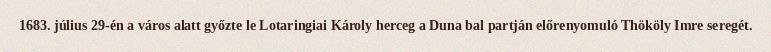
1683. július 29-én a város alatt győzte le Lotaringiai Károly herceg a Duna bal partján előrenyomuló Thököly Imre seregét.